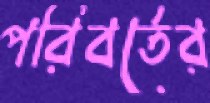
পরিবর্তের